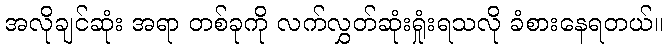
အလိုချင်ဆုံး အရာ တစ်ခုကို လက်လွှတ်ဆုံးရှုံးရသလို ခံစားနေရတယ်။